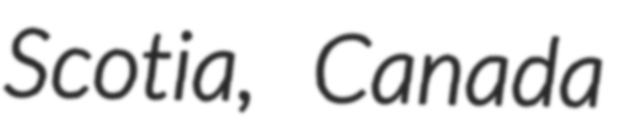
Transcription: Scotia, Canada